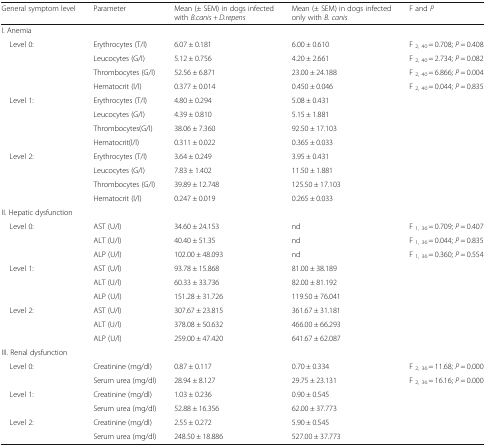
<table><thead><tr><td><b>General symptom level</b></td><td><b>Parameter</b></td><td><b>Mean (± SEM) in dogs infected with <i>B.canis + D.repens</i></b></td><td><b>Mean (± SEM) in dogs infected only with <i>B. canis</i></b></td><td><b>F and <i>P</i></b></td></tr></thead><tbody><tr><td colspan="5">I. Anemia</td></tr><tr><td rowspan="4"> Level 0:</td><td>Erythrocytes (T/l)</td><td>6.07 ± 0.181</td><td>6.00 ± 0.610</td><td>F <sub>2, 40 </sub>= 0.708; <i>P</i> = 0.408</td></tr><tr><td>Leucocytes (G/l)</td><td>5.12 ± 0.756</td><td>4.20 ± 2.661</td><td>F <sub>2, 40 </sub>= 2.734; <i>P</i> = 0.082</td></tr><tr><td>Thrombocytes (G/l)</td><td>52.56 ± 6.871</td><td>23.00 ± 24.188</td><td>F <sub>2, 40 </sub>= 6.866; <i>P</i> = 0.004</td></tr><tr><td>Hematocrit (l/l)</td><td>0.377 ± 0.014</td><td>0.450 ± 0.046</td><td>F <sub>2, 40 </sub>= 0.044; <i>P</i> = 0.835</td></tr><tr><td rowspan="4"> Level 1:</td><td>Erythrocytes (T/l)</td><td>4.80 ± 0.294</td><td>5.08 ± 0.431</td><td>[EMPTY_CELL]</td></tr><tr><td>Leucocytes (G/l)</td><td>4.39 ± 0.810</td><td>5.15 ± 1.881</td><td>[EMPTY_CELL]</td></tr><tr><td>Thrombocytes(G/l)</td><td>38.06 ± 7.360</td><td>92.50 ± 17.103</td><td>[EMPTY_CELL]</td></tr><tr><td>Hematocrit(l/l)</td><td>0.311 ± 0.022</td><td>0.365 ± 0.033</td><td>[EMPTY_CELL]</td></tr><tr><td rowspan="4"> Level 2:</td><td>Erythrocytes (T/l)</td><td>3.64 ± 0.249</td><td>3.95 ± 0.431</td><td>[EMPTY_CELL]</td></tr><tr><td>Leucocytes (G/l)</td><td>7.83 ± 1.402</td><td>11.50 ± 1.881</td><td>[EMPTY_CELL]</td></tr><tr><td>Thrombocytes (G/l)</td><td>39.89 ± 12.748</td><td>125.50 ± 17.103</td><td>[EMPTY_CELL]</td></tr><tr><td>Hematocrit (l/l)</td><td>0.247 ± 0.019</td><td>0.265 ± 0.033</td><td>[EMPTY_CELL]</td></tr><tr><td colspan="5">II. Hepatic dysfunction</td></tr><tr><td rowspan="3"> Level 0:</td><td>AST (U/l)</td><td>34.60 ± 24.153</td><td>nd</td><td>F <sub>1, 36 </sub>= 0.709; <i>P</i> = 0.407</td></tr><tr><td>ALT (U/l)</td><td>40.40 ± 51.35</td><td>nd</td><td>F <sub>1, 36 </sub>= 0.044; <i>P</i> = 0.835</td></tr><tr><td>ALP (U/l)</td><td>102.00 ± 48.093</td><td>nd</td><td>F <sub>1, 36 </sub>= 0.360; <i>P</i> = 0.554</td></tr><tr><td rowspan="3"> Level 1:</td><td>AST (U/l)</td><td>93.78 ± 15.868</td><td>81.00 ± 38.189</td><td>[EMPTY_CELL]</td></tr><tr><td>ALT (U/l)</td><td>60.33 ± 33.736</td><td>82.00 ± 81.192</td><td>[EMPTY_CELL]</td></tr><tr><td>ALP (U/l)</td><td>151.28 ± 31.726</td><td>119.50 ± 76.041</td><td>[EMPTY_CELL]</td></tr><tr><td rowspan="3"> Level 2:</td><td>AST (U/l)</td><td>307.67 ± 23.815</td><td>361.67 ± 31.181</td><td>[EMPTY_CELL]</td></tr><tr><td>ALT (U/l)</td><td>378.08 ± 50.632</td><td>466.00 ± 66.293</td><td>[EMPTY_CELL]</td></tr><tr><td>ALP (U/l)</td><td>259.00 ± 47.420</td><td>641.67 ± 62.087</td><td>[EMPTY_CELL]</td></tr><tr><td colspan="5">III. Renal dysfunction</td></tr><tr><td rowspan="2"> Level 0:</td><td>Creatinine (mg/dl)</td><td>0.87 ± 0.117</td><td>0.70 ± 0.334</td><td>F <sub>2, 36 </sub>= 11.68; <i>P</i> = 0.000</td></tr><tr><td>Serum urea (mg/dl)</td><td>28.94 ± 8.127</td><td>29.75 ± 23.131</td><td>F <sub>2, 36 </sub>= 16.16; <i>P</i> = 0.000</td></tr><tr><td rowspan="2"> Level 1:</td><td>Creatinine (mg/dl)</td><td>1.03 ± 0.236</td><td>0.90 ± 0.545</td><td>[EMPTY_CELL]</td></tr><tr><td>Serum urea (mg/dl)</td><td>52.88 ± 16.356</td><td>62.00 ± 37.773</td><td>[EMPTY_CELL]</td></tr><tr><td rowspan="2"> Level 2:</td><td>Creatinine (mg/dl)</td><td>2.55 ± 0.272</td><td>5.90 ± 0.545</td><td>[EMPTY_CELL]</td></tr><tr><td>Serum urea (mg/dl)</td><td>248.50 ± 18.886</td><td>527.00 ± 37.773</td><td>[EMPTY_CELL]</td></tr></tbody></table>